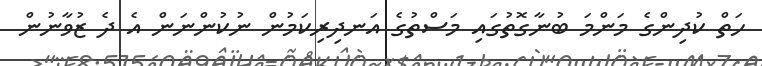
ހަތް ކުދިންގެ މަންމަ ބުނާގޮތުގައި މަސްތުގެ އަނދިރިކަމުން ނުކުންނަން އެ ދެ ޒުވާނުން